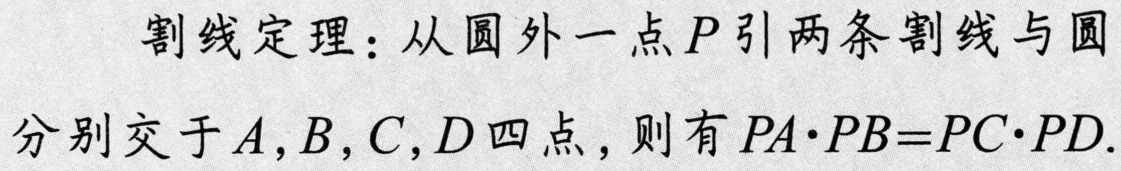
割线定理：从圆外一点\(P\)引两条割线与圆分别交于\(A,B,C,D\)四点，则有\(PA\cdot PB = PC\cdot PD\).